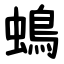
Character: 䳋